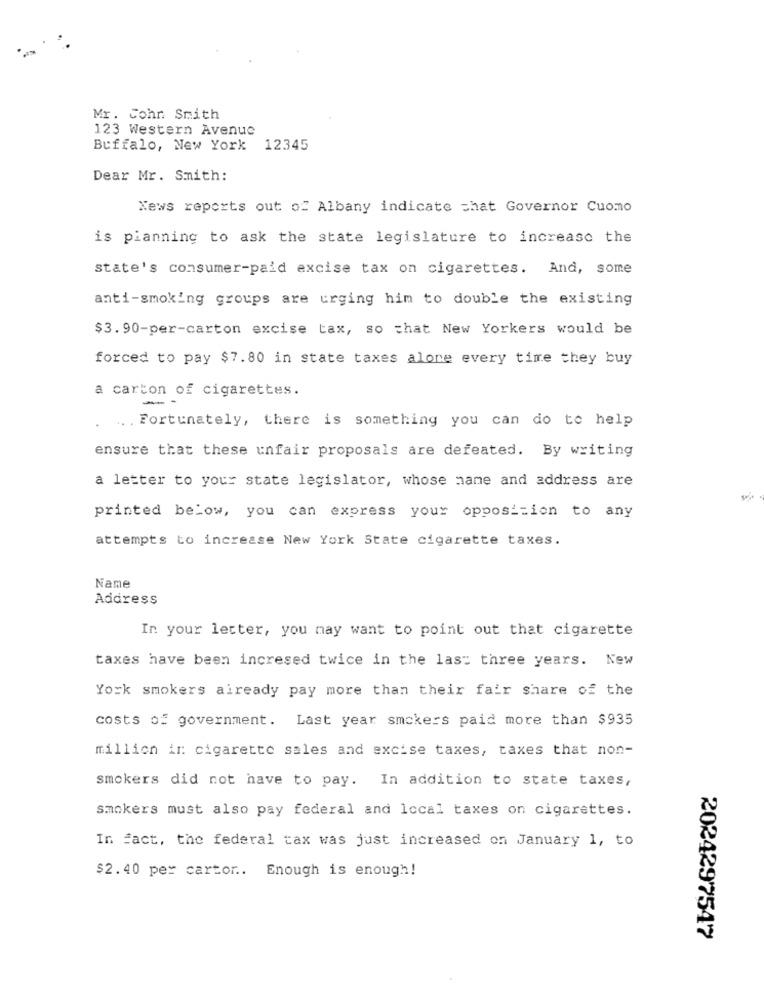
Mr. Cohn Smith
123 Western Avenue
Buffalo, New York 12345
Dear Mr. Smith:
News reports out of Albany indicate that Governor Cuomo
is pianning to ask the state legislature to increase the
state's consumer-paid excise tax on cigarettes. And, some
anti-smoking groups are urging him to double the existing
$3.90-per-carton excise tax, so that New Yorkers would be
forced to pay $7.80 in state taxes alone every time they buy
a carton of cigarettes.
-
. Fortunately, there is something you can do to help
ensure that these unfair proposals are defeated. By writing
a letter to your state legislator, whose name and address are
printed below, you can express your opposition to any
attempts to increase New York State cigarette taxes.
Name
Address
In your letter, you may want to point out that cigarette
taxes have been incresed twice in the last three years. New
York smokers already pay more than their fair share of the
costs of government. Last year smokers paid more than $935
million in cigarette sales and excise taxes, taxes that non-
smokers did not have to pay. In addition to state taxes,
smokers must also pay federal and local taxes on cigarettes.
In fact, the federal tax was just increased on January 1, to
$2.40 per cartor .. Enough is enough!
2024297547